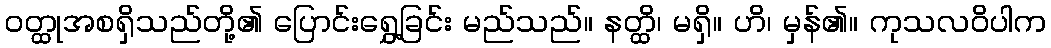
ဝတ္ထုအစရှိသည်တို့၏ ပြောင်းရွှေ့ခြင်း မည်သည်။ နတ္ထိ၊ မရှိ။ ဟိ၊ မှန်၏။ ကုသလဝိပါက